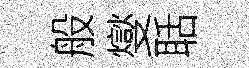
般燮聒